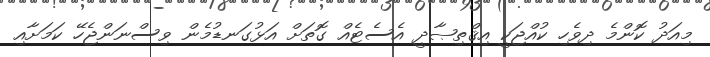
މިއަދު ކޮންމެ ދިވެހި ކުއްޖަކީ އިޤްތިޞާދީ އެސެޓެއް ގޮތަށް އަޅުގަނޑުމެން ވިސްނަންޖެހޭ ކަމަށާއި